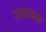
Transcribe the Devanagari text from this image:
प्रवासान